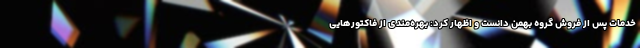
خدمات پس از فروش گروه بهمن دانست و اظهار کرد: بهره‌مندی از فاکتورهایی